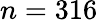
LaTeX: n=316